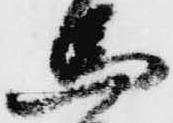
馬